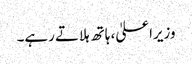
وزیراعلیٰ، ہاتھ ہلاتے رہے۔